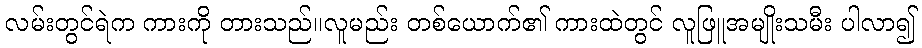
လမ်းတွင်ရဲက ကားကို တားသည်။လူမည်း တစ်ယောက်၏ ကားထဲတွင် လူဖြူအမျိုးသမီး ပါလာ၍